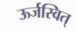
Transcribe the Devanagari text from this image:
ऊर्जस्वित्